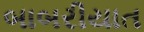
બાબરીયાત